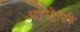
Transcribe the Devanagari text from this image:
आइसेंट्रॉपकि